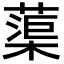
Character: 蕖